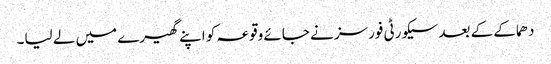
دھماکے کے بعد سیکورٹی فورسز نے جائے وقوعہ کو اپنے گھیرے میں لے لیا۔